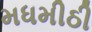
મધમીઠી